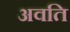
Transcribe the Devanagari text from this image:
अवति